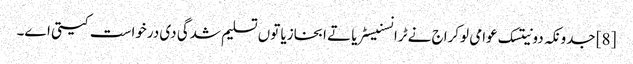
[8] جدونکہ دونیتسک عوامی لوکراج نے ٹرانسنیسٹریا تے ابخازیا توں تسلیم شدگی دی درخواست کیتی اے۔